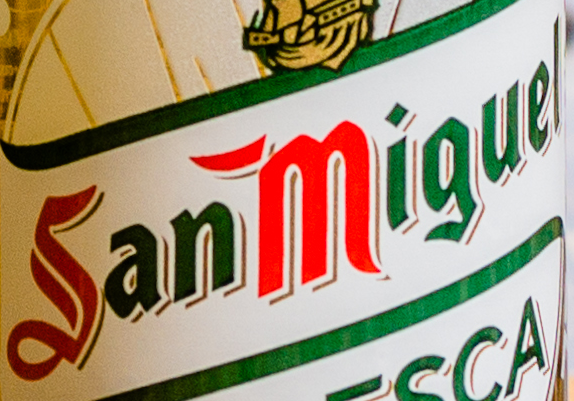
Sanmiguel